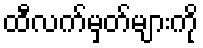
ထီလက်မှတ်များကို